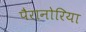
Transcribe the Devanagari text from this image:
पैरानोरिया